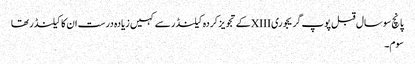
پانچ سو سال قبل پوپ گریجوری XIIIکے تجویز کردہ کیلنڈر سے کہیں زیادہ درست ان کا کیلنڈر تھا
سوم۔